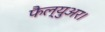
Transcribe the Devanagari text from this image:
फैल्युअर।